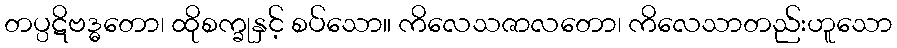
တပ္ပဋိဗဒ္ဓတော၊ ထိုစက္ခုနှင့် စပ်သော။ ကိလေသဇာလတော၊ ကိလေသာတည်းဟူသော